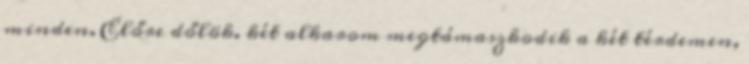
minden. Előre dőlök. két alkarom megtámaszkodik a két térdemen,